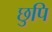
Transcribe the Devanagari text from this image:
छुपि